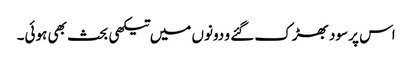
اس پر سود بھڑک گئے و دونوں میں تیکھی بحث بھی ہوئی۔